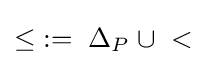
\leq \;:=\;\Delta _{P}\;\cup \;<\;